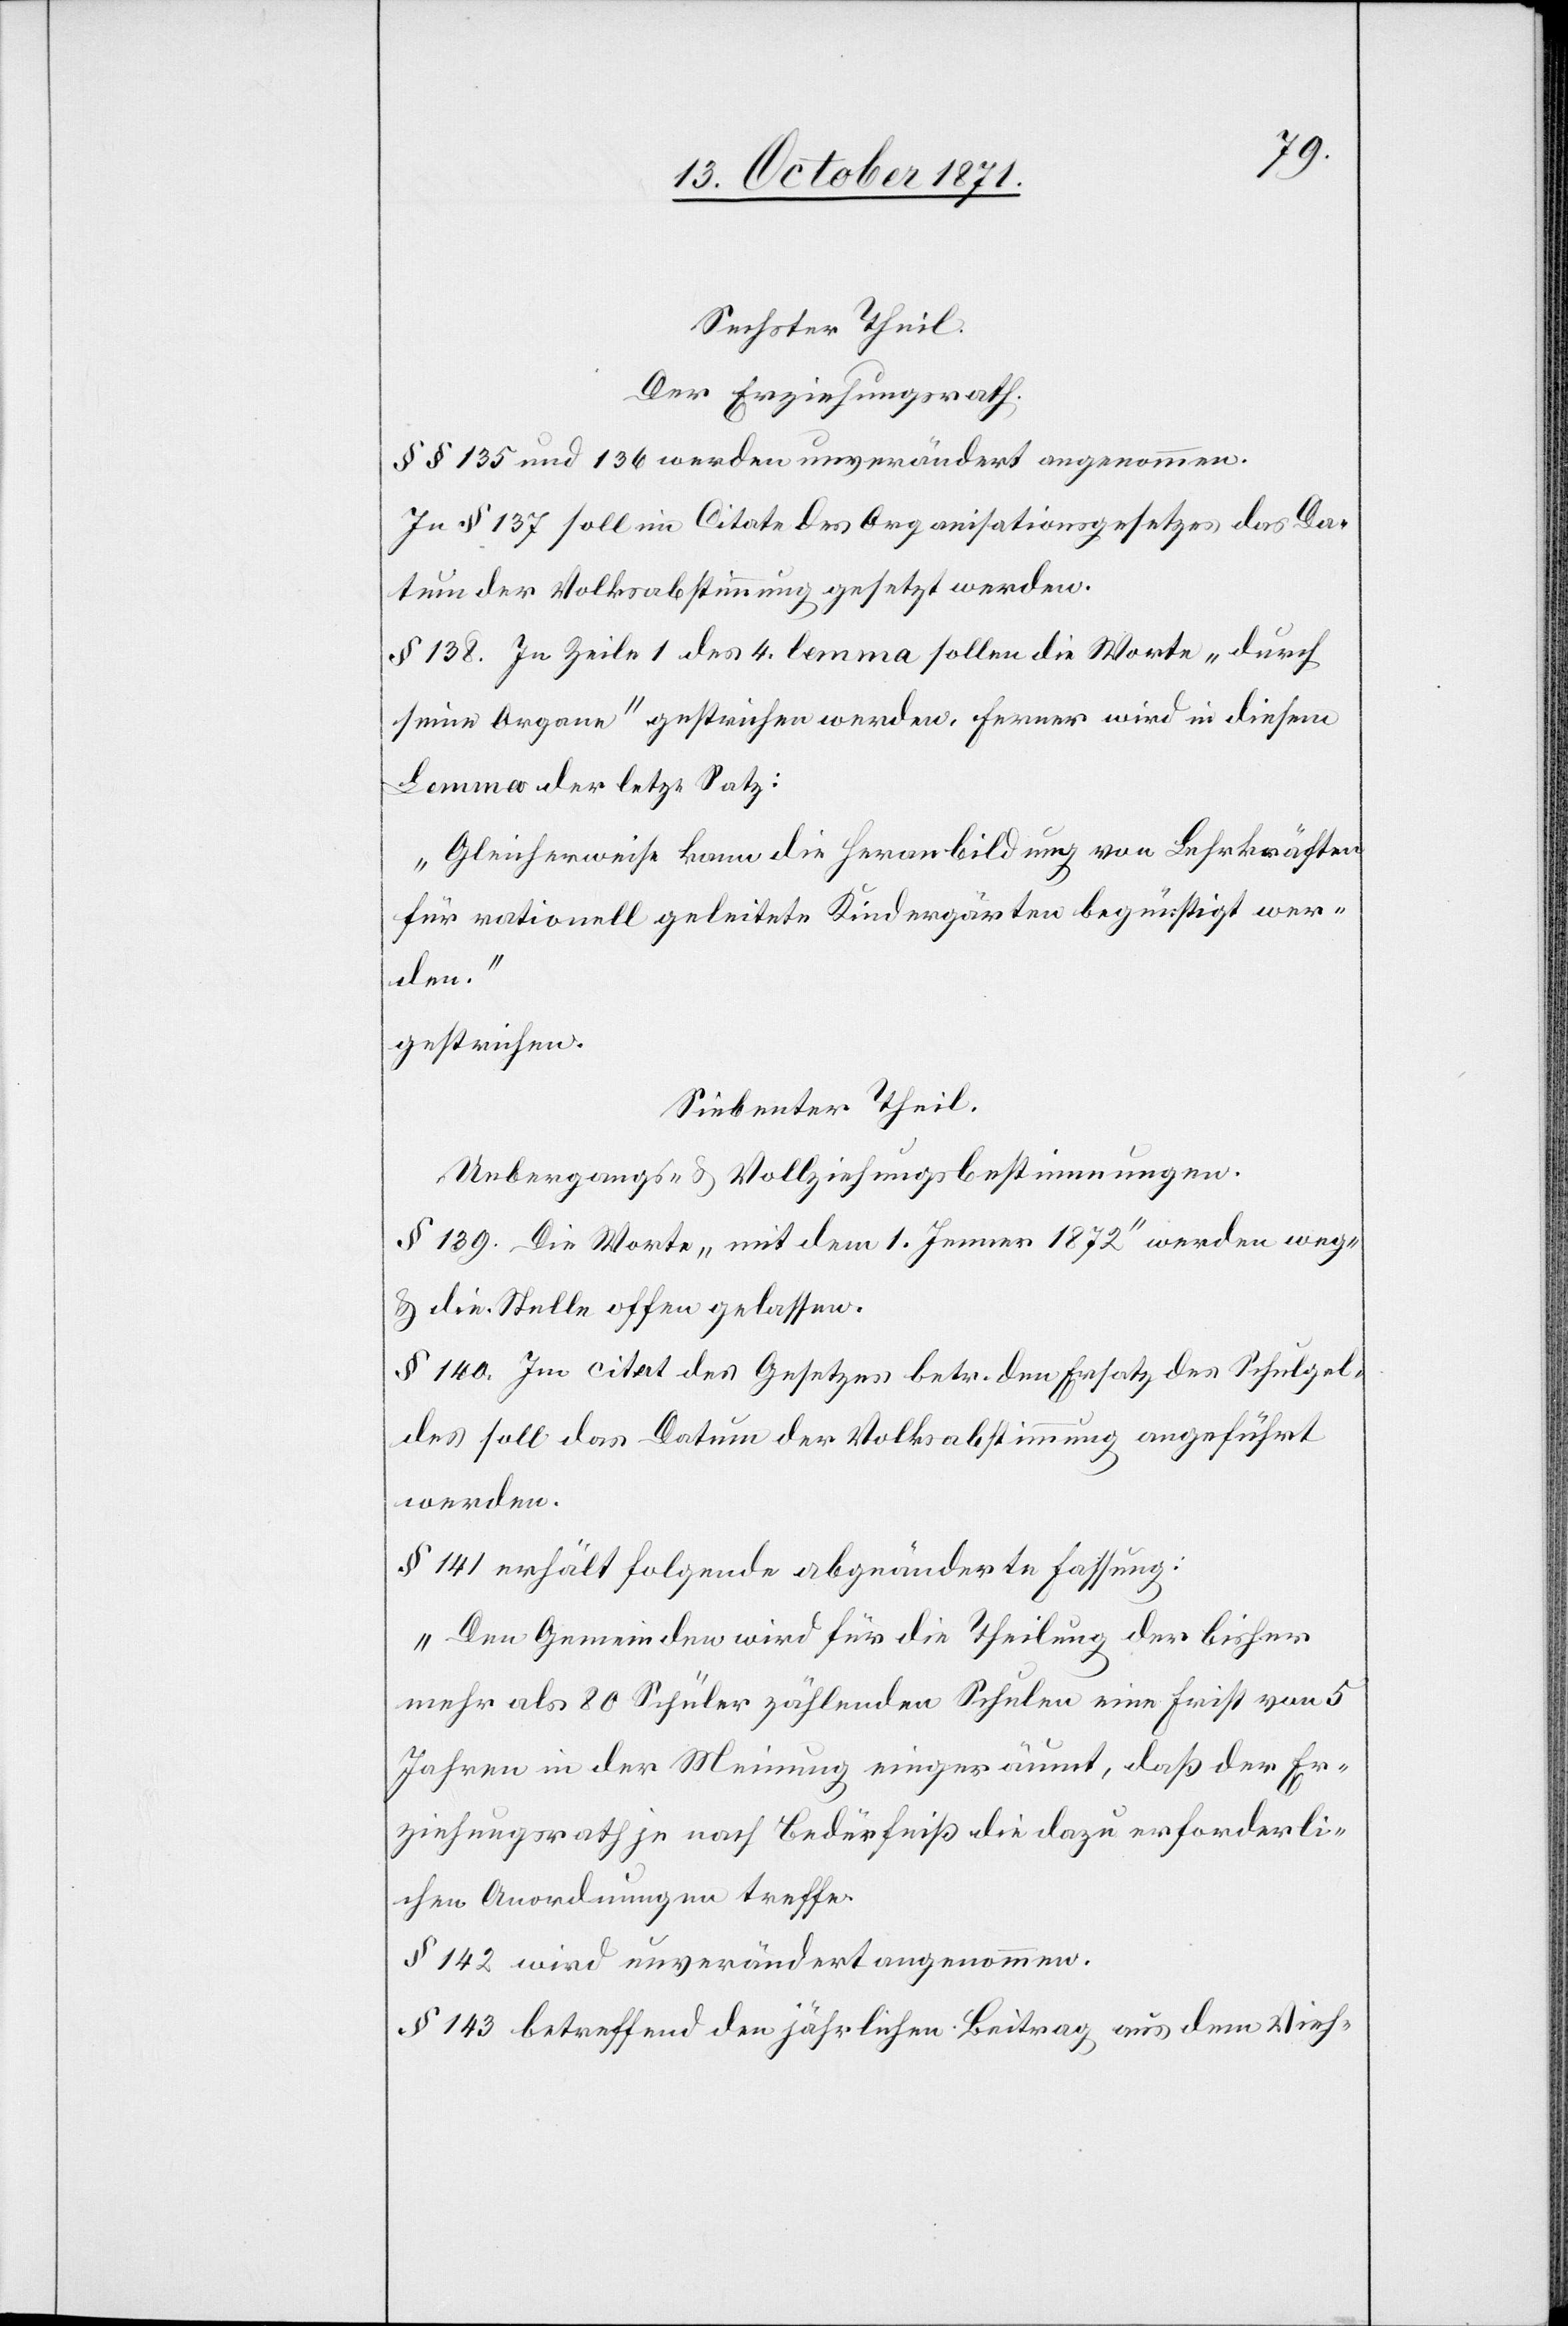
Sechster Theil:
Der Erziehungsrath.
§§ 135 und 136 werden unverändert angenommen.
In § 137 soll im Citate des Organisationsgesetzes das Da¬
tum der Volksabstimmung gesetzt werden.
§ 138. In Zeile 1 des 4. Lemma sollen die Worte „durch
seine Organe“ gestrichen werden, ferner wird in diesem
Lemma der letzte Satz:
„Gleicherweise kann die Heranbildung von Lehrkräften
für rationell geleitete Kindergärten begünstigt wer¬
den.“
gestrichen.
Siebenter Theil.
Uebergangs- & Vollziehungsbestimmungen.
§ 139. Die Worte „mit dem 1. Jenner 1872“ werden weg-
& die Stelle offen gelassen.
§ 140. Im Citate des Gesetzes betr. den Ersatz des Schulgel¬
des soll das Datum der Volksabstimmung angeführt
werden.
§ 141 erhält folgende abgeänderte Fassung:
„Den Gemeinden wird für die Theilung der bisher
mehr als 80 Schüler zählenden Schulen eine Frist von 5
Jahren in der Meinung eingeräumt, daß der Er¬
ziehungsrath je nach Bedürfniß die dazu erforderli¬
chen Anordnungen treffe.“
§ 142 wird unverändert angenommen.
§ 143 betreffend den jährlichen Beitrag aus dem Vieh-